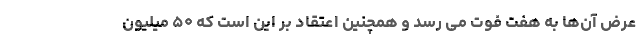
عرض آن‌ها به هفت فوت می رسد و همچنین اعتقاد بر این است که ۵۰ میلیون